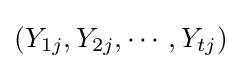
\left(Y_{1j},Y_{2j},\cdots ,Y_{tj}\right)